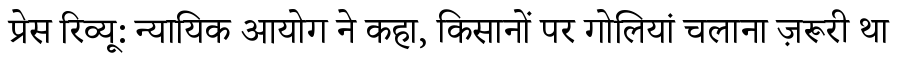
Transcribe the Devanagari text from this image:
प्रेस रिव्यू: न्यायिक आयोग ने कहा, किसानों पर गोलियां चलाना ज़रूरी था